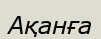
Ақанға